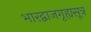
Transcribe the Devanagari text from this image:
भारद्वाजगृह्यसूत्र